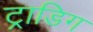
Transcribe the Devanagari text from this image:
ट्राडिग